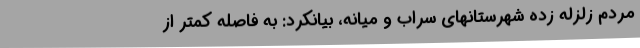
مردم زلزله زده شهرستانهای سراب و میانه، بیانکرد: به فاصله کمتر از